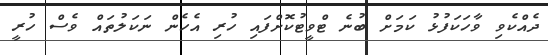
ދެއްކެވި ވާހަކަފުޅު ކަމަށް ބުނެ ޓްވީޓުކޮށްފައި ހުރި އެހެން ނަކަލުތައް ވެސް ހުރީ